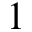
1